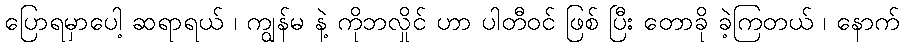
ပြောရမှာပေါ့ ဆရာရယ် ၊ ကျွန်မ နဲ့ ကိုဘလှိုင် ဟာ ပါတီဝင် ဖြစ် ပြီး တောခို ခဲ့ကြတယ် ၊ နောက်